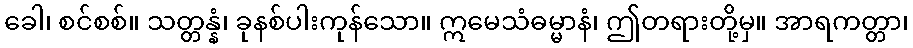
ခေါ၊ စင်စစ်။ သတ္တန္နံ၊ ခုနစ်ပါးကုန်သော။ ဣမေသံဓမ္မာနံ၊ ဤတရားတို့မှ။ အာရကတ္တာ၊